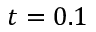
t = 0 . 1